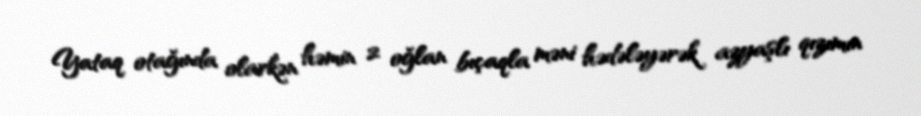
Yataq otağında olarkən həmin 2 oğlan bıçaqla məni hədələyərək azyaşlı qızımın